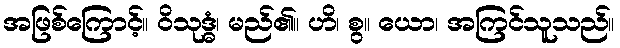
အဖြစ်ကြောင့်။ ဝိသုဒ္ဓံ၊ မည်၏။ ဟိ၊ စွ။ ယော၊ အကြင်သူသည်။